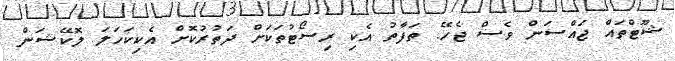
ޝޫޓްތައް ޖައްސަން ވެސް ޖެހޭ. ތަފާތު އެކި ރިސޯޓުތަކަށް ދަތުރުކޮށް އެކިކަހަލަ ލޮކޭޝަން